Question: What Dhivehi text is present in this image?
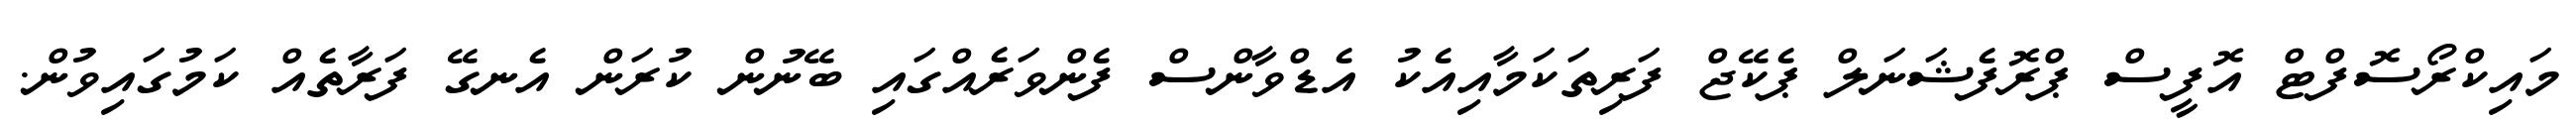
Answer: މައިކްރޯސޮފްޓް އޮފީސް ޕްރޮފެޝަނަލް ޕެކޭޖް ފަރިތަކަމާއިއެކު އެޑްވާންސް ފެންވަރެއްގައި ބޭނުން ކުރަން އެނގޭ ފަރާތެއް ކަމުގައިވުން.